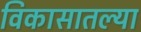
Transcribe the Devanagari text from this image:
विकासातल्या